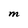
Character: M